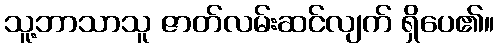
သူ့ဘာသာသူ ဇာတ်လမ်းဆင်လျက် ရှိပေ၏။